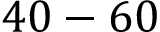
4 0 - 6 0 \